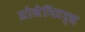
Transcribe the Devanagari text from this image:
प्रोजेनिटर्स